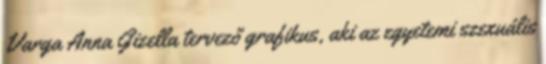
Varga Anna Gizella tervező grafikus, aki az egyetemi szexuális